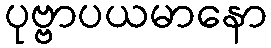
ပုဗ္ဗာပယမာနော